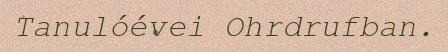
Tanulóévei Ohrdrufban.